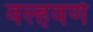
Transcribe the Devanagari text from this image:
वल्हवणे